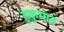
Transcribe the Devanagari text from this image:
हुकुमात